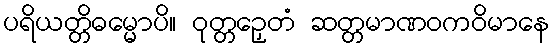
ပရိယတ္တိဓမ္မောပိ။ ဝုတ္တဉှေတံ ဆတ္တမာဏဝကဝိမာနေ